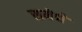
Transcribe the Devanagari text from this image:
समेथे